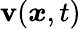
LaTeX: \mathbf{v}({\boldsymbol{x}},t)